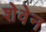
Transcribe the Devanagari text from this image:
शेवेन